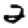
Digit: 2